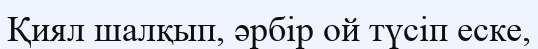
Қиял шалқып, әрбір ой түсіп еске,